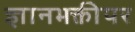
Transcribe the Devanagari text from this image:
ज्ञानभक्तीपर